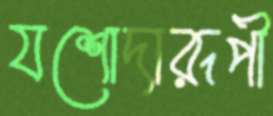
যশোদারূপী